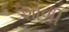
શાળી